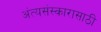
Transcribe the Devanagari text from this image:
अंत्यसंस्कारासाठी